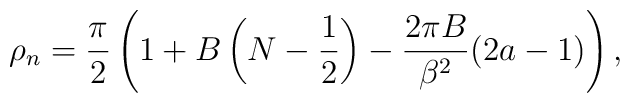
\rho_n=\frac{\pi}{2}\left(1+B\left(N-\frac{1}{2}\right) -\frac{2\pi B}{\beta^2} (2a -1)\right),